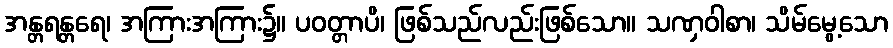
အန္တရန္တရေ၊ အကြားအကြား၌။ ပဝတ္တာပိ၊ ဖြစ်သည်လည်းဖြစ်သော။ သဏှဝါစာ၊ သိမ်မွေ့သော